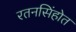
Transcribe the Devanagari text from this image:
रतनसिंहोत